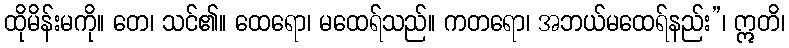
ထိုမိန်းမကို။ တေ၊ သင်၏။ ထေရော၊ မထေရ်သည်။ ကတရော၊ အဘယ်မထေရ်နည်း”၊ ဣတိ၊